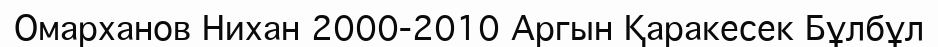
Омарханов Нихан 2000-2010 Аргын Қаракесек Бұлбұл